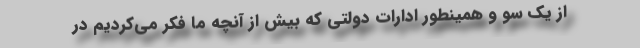
از یک‌ سو و همینطور ادارات دولتی که بیش از آنچه ما فکر می‌کردیم در